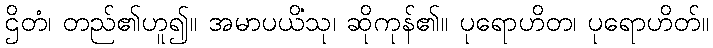
ဌိတံ၊ တည်၏ဟူ၍။ အမာပယိံသု၊ ဆိုကုန်၏။ ပုရောဟိတ၊ ပုရောဟိတ်။